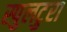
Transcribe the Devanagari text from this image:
स्पुलटुरा